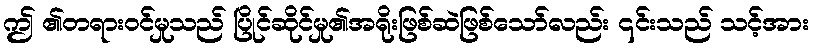
ဤ ၏တရားဝင်မှုသည် ပြိုင်ဆိုင်မှု၏အရိုးဖြစ်ဆဲဖြစ်သော်လည်း ၎င်းသည် သင့်အား